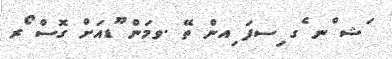
ަޝ ްނ ެގ ިސފަ ިއން ތޭ .ވމަން ޫޑއަށް ގޮސް ޯރ